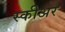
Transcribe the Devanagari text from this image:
स्कीअर